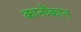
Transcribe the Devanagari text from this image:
कानोंकान